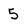
Character: 5